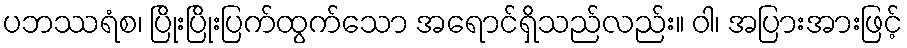
ပဘဿရံစ၊ ပြိုးပြိုးပြက်ထွက်သော အရောင်ရှိသည်လည်း။ ဝါ၊ အပြားအားဖြင့်